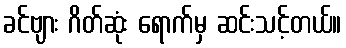
ခင်ဗျား ဂိတ်ဆုံး ရောက်မှ ဆင်းသင့်တယ်။